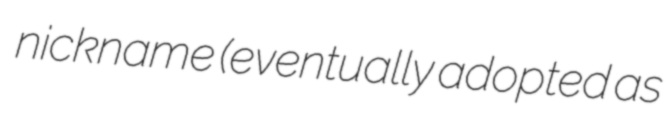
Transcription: nickname (eventually adopted as